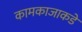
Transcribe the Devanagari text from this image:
कामकाजाकडे